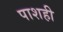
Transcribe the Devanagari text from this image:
पाशही